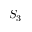
S _ { 3 }